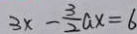
3 x - \frac { 3 } { 2 } a x = 6